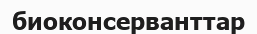
биоконсерванттар